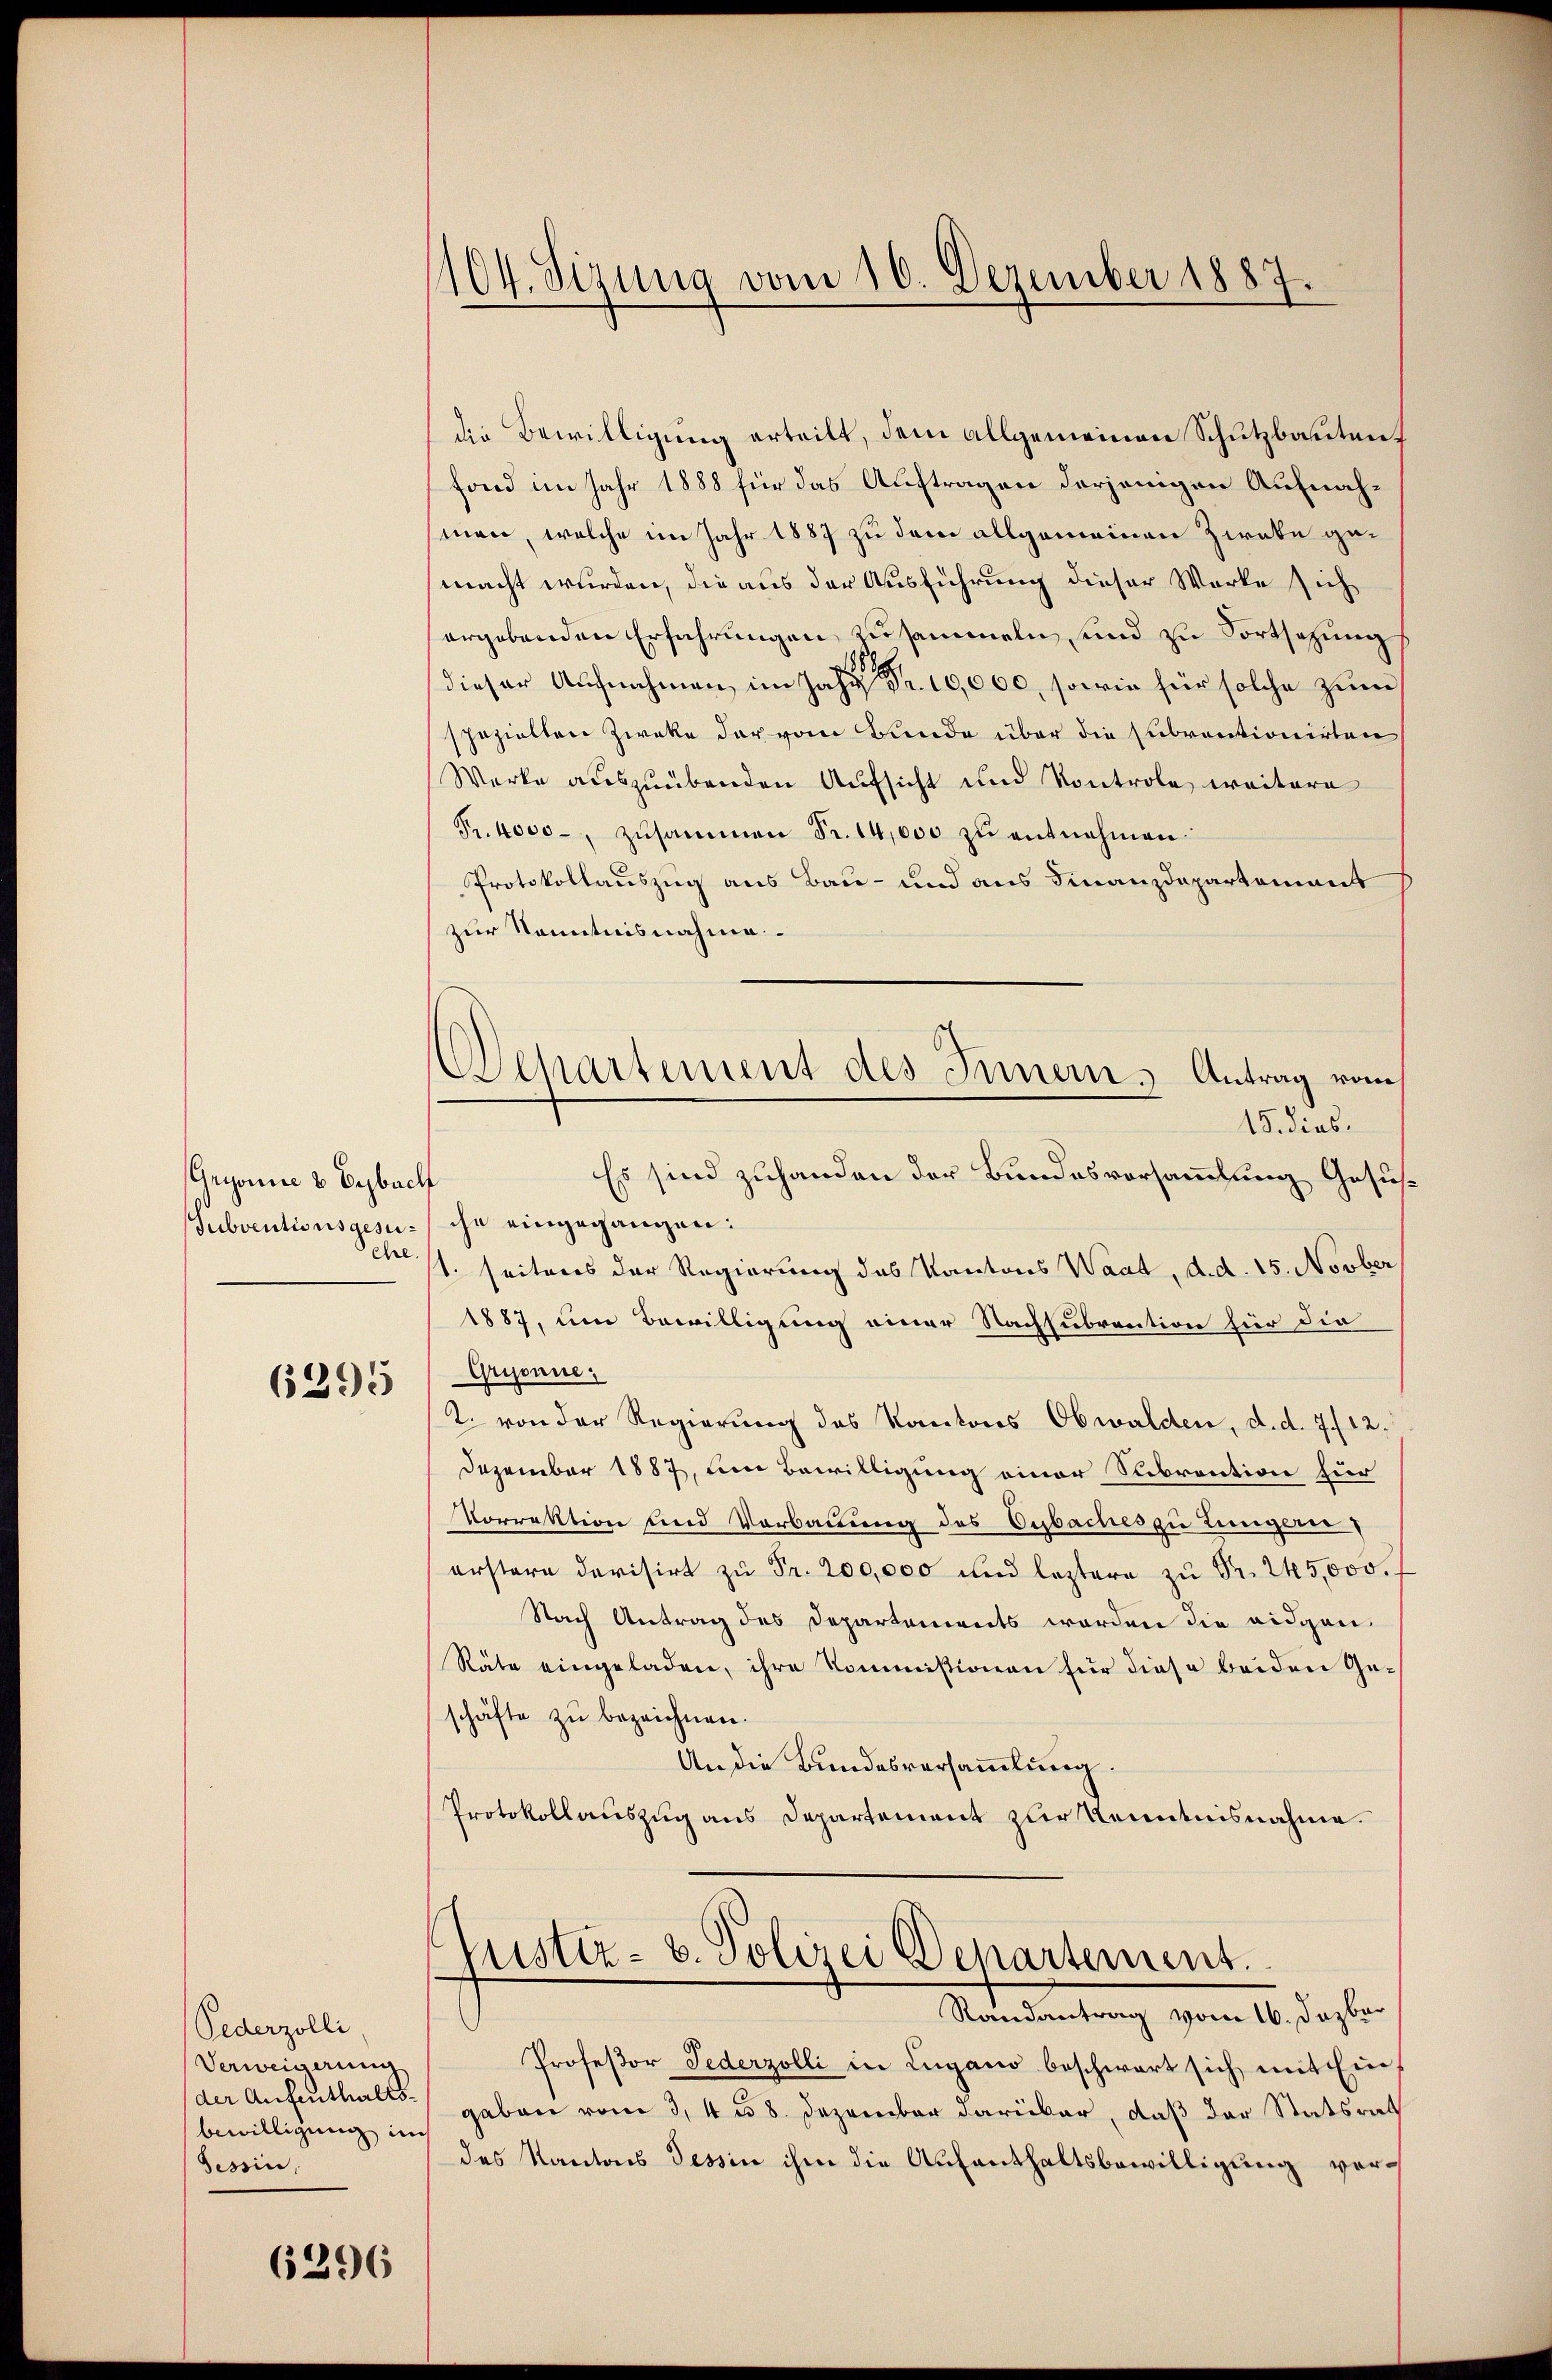
Grisonne & Erzbach
Subventionsgesu¬
Chre.

6395

Pederzolli
Verweigerung
der Aufenthaltsbewilligung in
Gessin,

6296

104. Seizung vom 16. Dezember 1887.

Departement des Innern. Antrag vom

die Bewilligung erteilt, dem allgemeinen Schutzbautent
fond im Jahr 1888 für das Auftragen derjenigen Aufnahman, welche im Jahr 1887 zu dem allgemeinen Zirke gemacht wurden, die aus der Ausführung dieser Worte sich
ergebenden Erfahrungen zusammeln, sind zu Fortsetzung
dieser Aufnahmen, im Jahr 10,000, sowie für solche zum
spezielten Zwecke der vom Bunde über die Subventionirten
Werke auszuübenden Aufsicht und Kontrole, weitere
Fr. 4000 zŭsammen Fr. 14,000 zŭ entnehmen.
Protokollauszug aus Bau- und aus Finanzdepartement
zur Kenntnisnahme
15. dies
Es sind zuhanden der Bundesvorsammlung Gesucht
che eingegangen:
1. seitens der Regierung des Kantons Waat, d. d. 15. Novber
1887, um Bewilligung einer Nachsubrention für die
Grisonne,
2. von der Regierung des Kantons Obwalden, d. d. 7./12.
Dezember 1887, um Bewilligung einer Subrention für
Vorrektion und Verbauung des Cubaches zu tungere
erstern darisirt zu Fr. 200,000 und leztere zu Pr. 245,000.
Nach Antrag des Departements worden die eidgen
Räte eingeladen, ihre Kommissionen für diese beiden Geschäfte zu bezeichnen.
An die Bundesversammlung.
Protokollauszug aus Departement zur Kenntnisnahme.
justiz- u. Polizei Departement.
Randantrag vom 16. Dezbar
Professor Federzolli in Lugano beschwart sich mit Ein-
gaben vom 3, 4 § 8. Dezember darüber, daß der Statsrath
des Kantons Tessin ihm die Aufenthaltsbewilligung vor¬